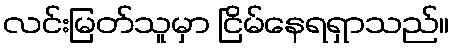
လင်းမြတ်သူမှာ ငြိမ်နေရရှာသည်။